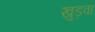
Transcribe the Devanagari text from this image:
खुड़वा